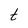
Character: t